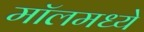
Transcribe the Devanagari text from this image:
मॉलमध्ये